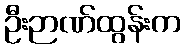
ဦးဉာဏ်ထွန်းက